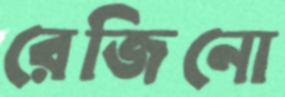
রেজিনো